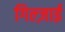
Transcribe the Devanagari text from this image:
गिल्ज़ाई